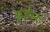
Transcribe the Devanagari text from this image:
कुईल्न्गे